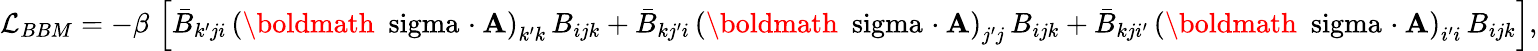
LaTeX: {\cal L}_{BBM}=-\beta\, \left[\bar{B}_{k^{\prime}ji}\, \left(\mathrm{\boldmath~\ sigma~}\! \cdot{\mathbf A}\right)_{k^{\prime}k}\, B_{ijk}+\bar{B}_{kj^{\prime}i}\, \left(\mathrm{\boldmath~\ sigma~}\! \cdot{\mathbf A}\right)_{j^{\prime}j}\, B_{ijk}+\bar{B}_{kji^{\prime}}\, \left(\mathrm{\boldmath~\ sigma~}\! \cdot{\mathbf A}\right)_{i^{\prime}i}\, B_{ijk}\right],